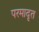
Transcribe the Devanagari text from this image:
परमादृत